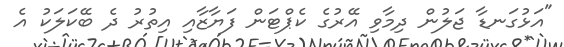
"އަޅުގަނޑާ ޖަލުން ދިމާވި އޭރުގެ ކެޕްޓަން ފަޔާޒާއި އިތުރު ދެ ބޭކަލަކު އެ